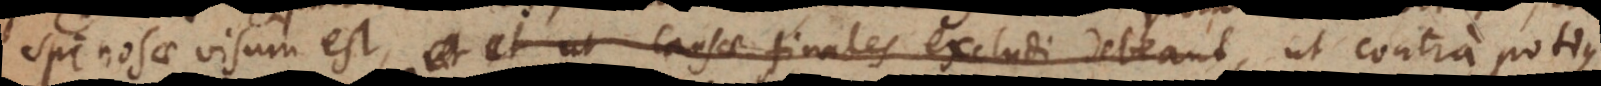
Spinosae visum est, et ut causae finales excludi debeant, ut contra potius